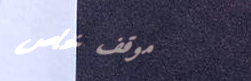
موقف خاص